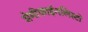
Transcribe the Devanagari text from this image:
सेमीफाईनलिस्टों